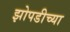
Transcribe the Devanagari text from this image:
झोपडीच्या